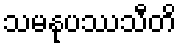
သမနုပဿသီတိ